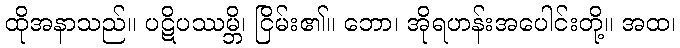
ထိုအနာသည်။ ပဋိပဿမ္ဘိ၊ ငြိမ်း၏။ ဘော၊ အိုရဟန်းအပေါင်းတို့။ အထ၊